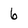
Character: 6